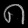
Digit: ၈